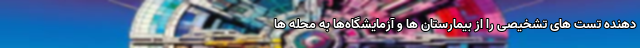
دهنده تست های تشخیصی را از بیمارستان ها و آزمایشگاه‌ها به محله ها